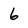
Character: 6